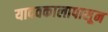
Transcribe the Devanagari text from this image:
यादवकालापासून